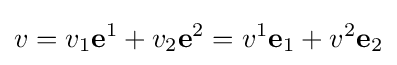
v=v_{1}\mathbf {e} ^{1}+v_{2}\mathbf {e} ^{2}=v^{1}\mathbf {e} _{1}+v^{2}\mathbf {e} _{2}